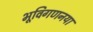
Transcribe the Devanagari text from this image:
भूविगणनया